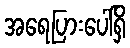
အရေပြားပေါ်ရှိ